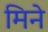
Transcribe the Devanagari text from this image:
मिने